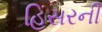
હિસરની